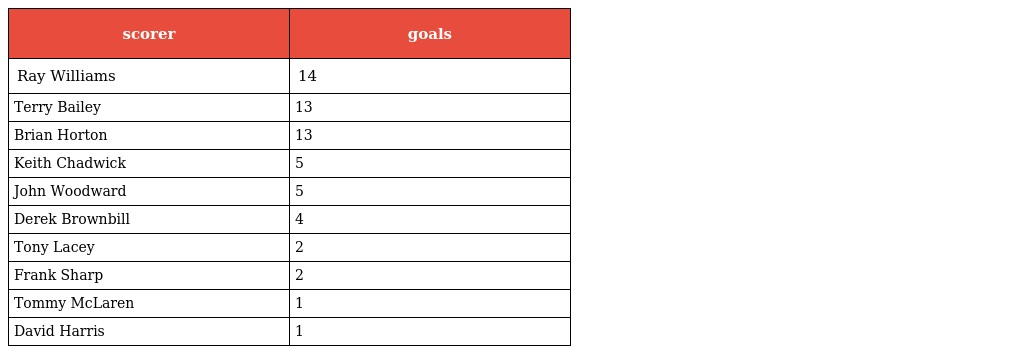
| scorer | goals |
 | --- | --- |
 | Ray Williams | 14 |
 | Terry Bailey | 13 |
 | Brian Horton | 13 |
 | Keith Chadwick | 5 |
 | John Woodward | 5 |
 | Derek Brownbill | 4 |
 | Tony Lacey | 2 |
 | Frank Sharp | 2 |
 | Tommy McLaren | 1 |
 | David Harris | 1 |